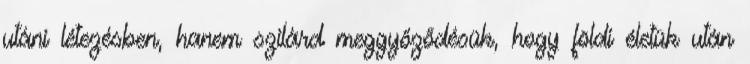
utáni létezésben, hanem szilárd meggyőződésük, hogy földi életük után